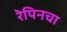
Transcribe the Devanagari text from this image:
रेपिनचा